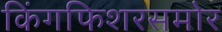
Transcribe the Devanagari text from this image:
किंगफिशरसमोर